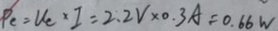
P _ { c } = U _ { c } \times I = 2 . 2 V \times 0 . 3 A = 0 . 6 6 W